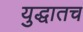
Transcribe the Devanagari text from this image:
युद्धातच